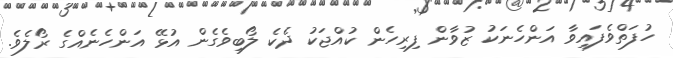
ހުފަތްވެފައިވާ އަންހެނަކު ޒުވާން ފިރިހެން ކުއްޖަކު ދެކެ ލޯބިވެގެން އުޅޭ އަންހެނެއްގެ ރޯލެވެ.